Civil Veterinary Dept. Bombay admin report 1893-99 - 1893-1899
Year: 1893
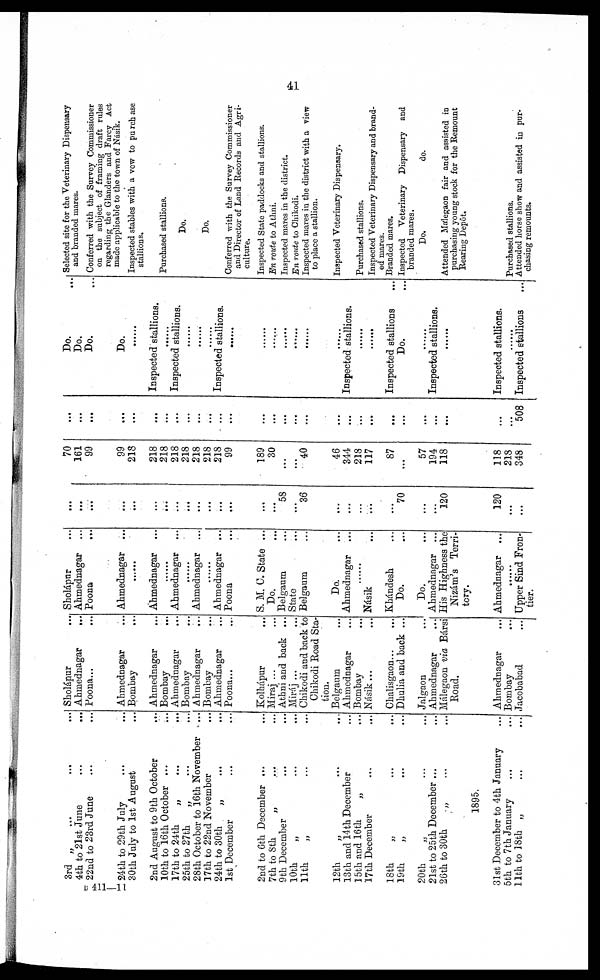
41
3rd „ … … …
4th to 21st June
...
...
22nd to 23rd June … …
24th to 29th July … …
30th July to 1st August …
2nd August to 9th October
...
10th to 16th October ...
17th to 24th
„ … …
25th to 27th
„ … …
28th October to 16th November
...
17th to 22nd November …
24th to 30th
„ … …
1st December … …
2nd to 6th December ... …
7th to
8th
„ … …
9th December … …
10th „ … …
11th „ … …
12th
„ … …
13th and 14th December …
15th and 16th
„ …
17th December … …
18th „ … …
19th „ … …
20th „ … …
21st to 25th December ...
26th to 30th „ … …
1895.
31st December to 4th January …
5th to 7th January … …
11th to 18th „ … …
Sholápur …
Ahmednagar
...
Poona... …
Ahmednagar …
Bombay …
Ahmednagar …
Bombay …
Ahmednagar …
Bombay …
Ahmednagar
...
Bombay …
Ahmednagar …
Poona... …
Kolhápur …
Miraj ... …
Athni and back ...
Miráj ... …
Chikodi and back to
Chikodi Road Sta-
tion.
Belgaum …
Ahmednagar …
Bombay …
Násik... …
Chalisgaon … …
Dhulia and back ...
Jalgaon …
Ahmednagar …
Málegaon via Bársi
Road.
Ahmednagar …
Bombay …
Jacobabad …
Sholápur …
Ahmednagar …
Poona
...
Ahmednagar
...
...
Ahmednagar …
...
Ahmednagar …
...
Ahmednagar …
...
Ahmednagar ...
Poona …
S. M. C. State ...
Do. …
Belgaum …
State …
Belgaum …
Do. …
Ahmednagar …
Násik …
Khándesh …
Do. …
Do. …
Ahmednagar ...
His Highness the
Nizám's Terri-
tory.
Ahmednagar ...
… …
Upper Sind Fron-
tier.
...
...
...
...
...
…
...
...
...
...
...
...
...
...
...
58
...
36
...
...
...
...
...
70
...
...
120
120
...
...
70
161
99
99
218
218
218
218
218
218
218
218
99
189
30
...
...
40
46
344
218
117
87
...
57
194
118
118
218
348
...
...
...
...
...
...
...
...
...
...
...
...
...
...
...
...
...
...
...
...
...
...
...
...
...
...
…
…
...
508
Do. …
Do.
Do. …
Do.
… …
Inspected stallions.
… …
Inspected stallions.
… …
… …
… …
Inspected stallions.
… …
... ...
... ...
... ...
... ...
... ...
Inspected stallions. …
... ...
… …
Inspected stallions …
Do. …
… …
Inspected stallions.
… …
Inspected stallions.
… …
Inspected stallions …
Selected site for the Veterinary Dispensary
and branded mares.
Conferred with the Survey Commissioner
on the subject of framing draft rules
regarding the Glanders and Farcy Act
made applicable to the town of Nasik.
Inspected stables with a vew to pu rch ase
stallions.
Purchased stallions.
Do.
Do.
Conferred with the Survey Commissioner
and Director of Land Records and Agri-
culture.
Inspected State paddocks and stallions.
En route to Athni.
Inspected mares in the district.
En route to Chikodi.
Inspected mares in the district with a view
to place a stallion.
Inspected Veterinary Dispensary.
Purchased stallions.
Inspected Veterinary Dispensary and brand-
ed mares.
Branded mares.
Inspected Veterinary Dispensary and
branded mares.
Do.
do.
Attended Málegaon fair and assisted in
purchasing young stock for the Remount
Rearing Depôt.
Purchased stallions.
Attended horse show and assisted in pur-
chasing remounts.
B 411—11